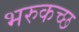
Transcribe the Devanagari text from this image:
भरुकच्छ